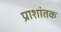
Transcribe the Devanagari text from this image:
प्राशांतक